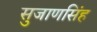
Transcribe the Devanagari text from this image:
सुजाणसिंह